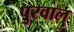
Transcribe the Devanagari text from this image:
पुरवाल्